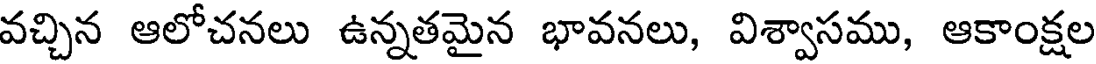
వచ్చిన ఆలోచనలు ఉన్నతమైన భావనలు, విశ్వాసము, ఆకాంక్షల